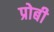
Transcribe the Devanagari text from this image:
प्रोबी